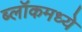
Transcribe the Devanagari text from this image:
ब्लॉकमध्‍ये